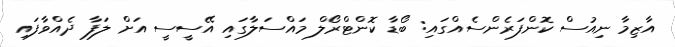
އާޒިމާ ނިއުސް ކޮންފަރެންސެއްގައި: ބޯޑާ ކޮންޓްރޯލް މައްސަލާގައި އޭސީސީ އަށް ލަފާ ދެއްވާފައި